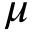
\mu